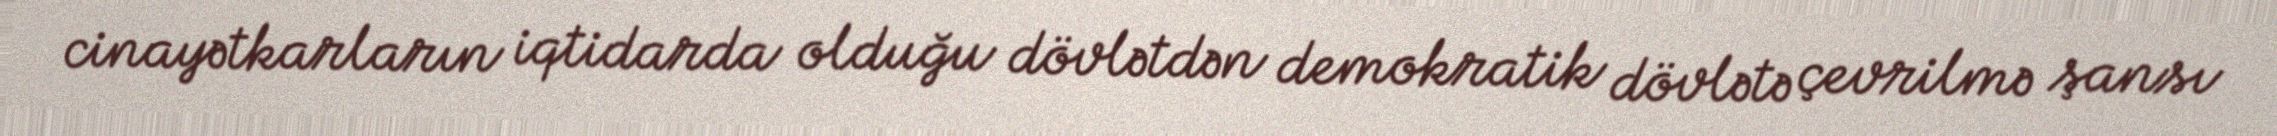
cinayətkarların iqtidarda olduğu dövlətdən demokratik dövlətə çevrilmə şansı